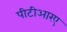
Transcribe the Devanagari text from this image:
पीटीआरए